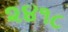
૨૪૧૮